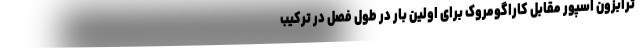
ترابزون اسپور مقابل کاراگومروک برای اولین بار در طول فصل در ترکیب